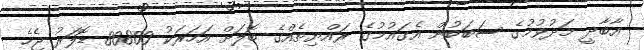
އާބާދީ މަދުވުމުގެ ސަބަބުން އެގައުމުގެ ރައްޔިތެއްގެ ބޮލަށް އަހަރަކު 80800 ޑޮލަރު ޖެހެ